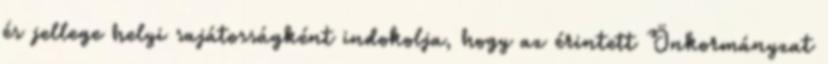
és jellege helyi sajátosságként indokolja, hogy az érintett Önkormányzat